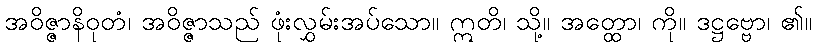
အဝိဇ္ဇာနိဝုတံ၊ အဝိဇ္ဇာသည် ဖုံးလွှမ်းအပ်သော။ ဣတိ၊ သို့။ အတ္ထော၊ ကို။ ဒဋ္ဌဗ္ဗော၊ ၏။